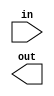
module eight_input_OR_gate (
    input [7:0] in,
    output out
);

wire [3:0] stage1_out;
wire [1:0] stage2_out;

// First stage of OR gates
or OR_gate1 (in[0], in[1], stage1_out[0]);
or OR_gate2 (in[2], in[3], stage1_out[1]);
or OR_gate3 (in[4], in[5], stage1_out[2]);
or OR_gate4 (in[6], in[7], stage1_out[3]);

// Second stage of OR gates
or OR_gate5 (stage1_out[0], stage1_out[1], stage2_out[0]);
or OR_gate6 (stage1_out[2], stage1_out[3], stage2_out[1]);

// Final OR gate
or final_OR_gate (stage2_out[0], stage2_out[1], out);

endmodule